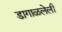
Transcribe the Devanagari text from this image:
डागाळलेली